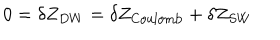
0 = \delta Z _ { D W } = \delta Z _ { \mathrm { C o u l o m b } } + \delta Z _ { S W }